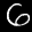
Digit: 6